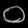
Digit: ၀